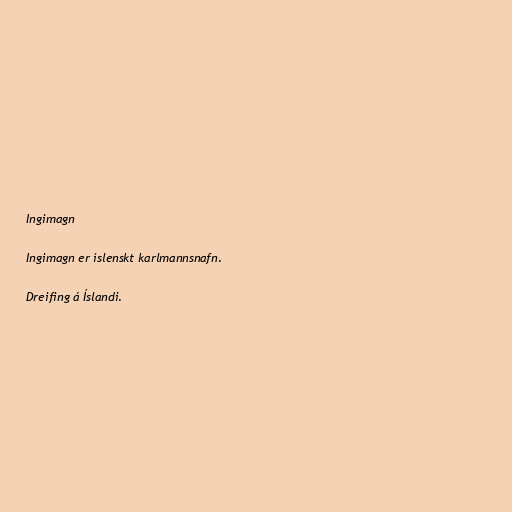
Ingimagn

Ingimagn er íslenskt karlmannsnafn.

Dreifing á Íslandi.